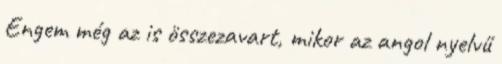
Engem még az is összezavart, mikor az angol nyelvű